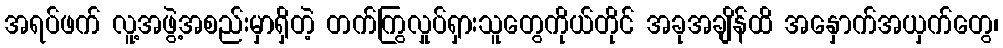
အရပ်ဖက် လူ့အဖွဲ့အစည်းမှာရှိတဲ့ တက်ကြွလှုပ်ရှားသူတွေကိုယ်တိုင် အခုအချိန်ထိ အနှောက်အယှက်တွေ၊